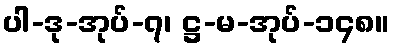
ပါ-ဒု-အုပ်-၇၊ ဋ္ဌ-မ-အုပ်-၁၄၈။